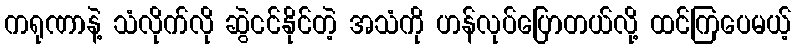
ကရုဏာနဲ့ သံလိုက်လို ဆွဲငင်နိုင်တဲ့ အသံကို ဟန်လုပ်ပြောတယ်လို့ ထင်ကြပေမယ့်